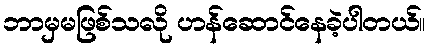
ဘာမှမဖြစ်သလို ဟန်ဆောင်နေခဲ့ပါတယ်။